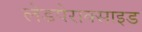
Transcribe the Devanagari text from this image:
लेडपेराक्साइड